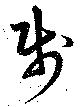
賤